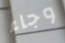
وجاء